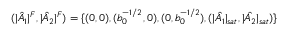
( | \hat { A } _ { 1 } | ^ { F } , | \hat { A } _ { 2 } | ^ { F } ) = \{ ( 0 , 0 ) , ( b _ { 0 } ^ { - 1 / 2 } , 0 ) , ( 0 , b _ { 0 } ^ { - 1 / 2 } ) , ( | \hat { A _ { 1 } } | _ { s a t } , | \hat { A _ { 2 } } | _ { s a t } ) \}